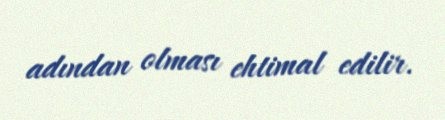
adından olması ehtimal edilir.